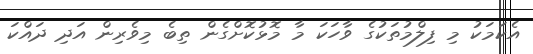
އެކަމަކު މި ފިލްމުތަކުގެ ވާހަކަ މާ މޮޅުކޮށްގެން ތިބެ މިވެރިން އަދި ދައްކަ